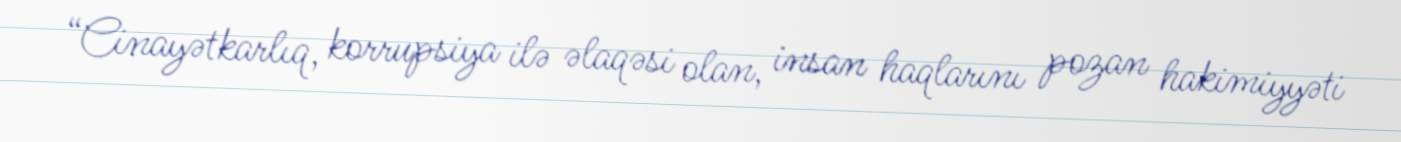
“Cinayətkarlıq, korrupsiya ilə əlaqəsi olan, insan haqlarını pozan hakimiyyəti